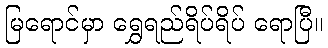
မြရောင်မှာ ရွှေရည်ရိပ်ရိပ် ရောပြီ။